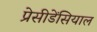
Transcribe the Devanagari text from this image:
प्रेसीडेंसियाल